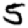
Digit: 5